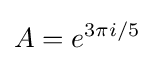
A=e^{3\pi i/5}